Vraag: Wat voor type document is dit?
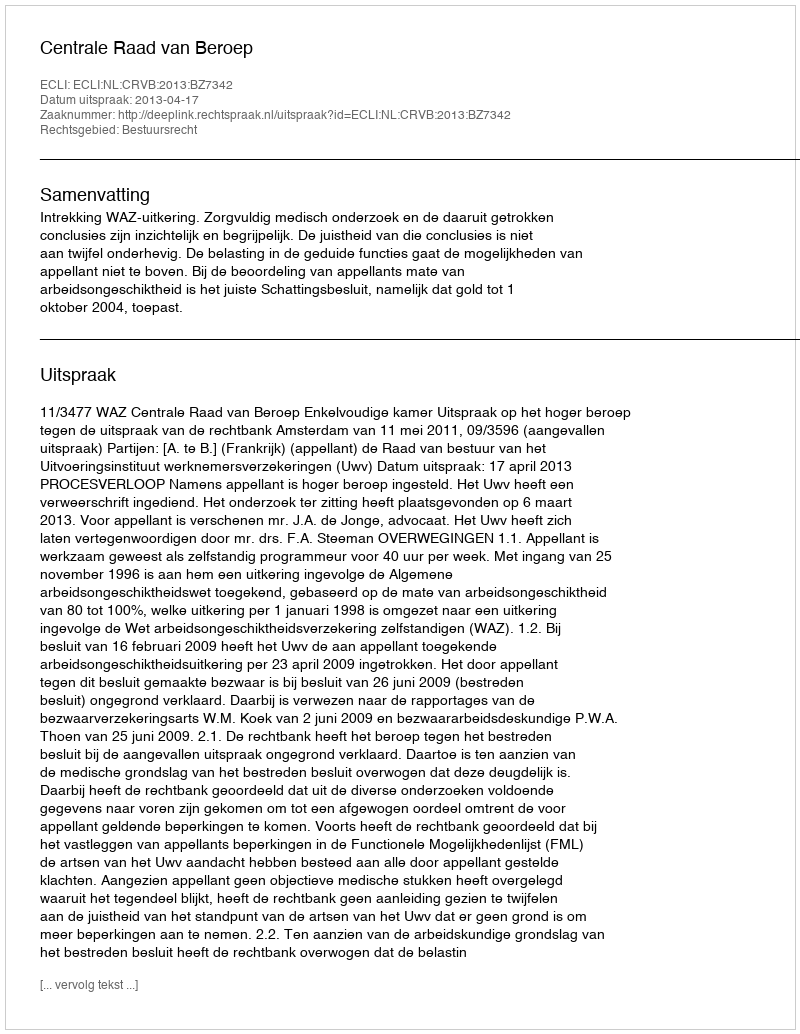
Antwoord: Uitspraak